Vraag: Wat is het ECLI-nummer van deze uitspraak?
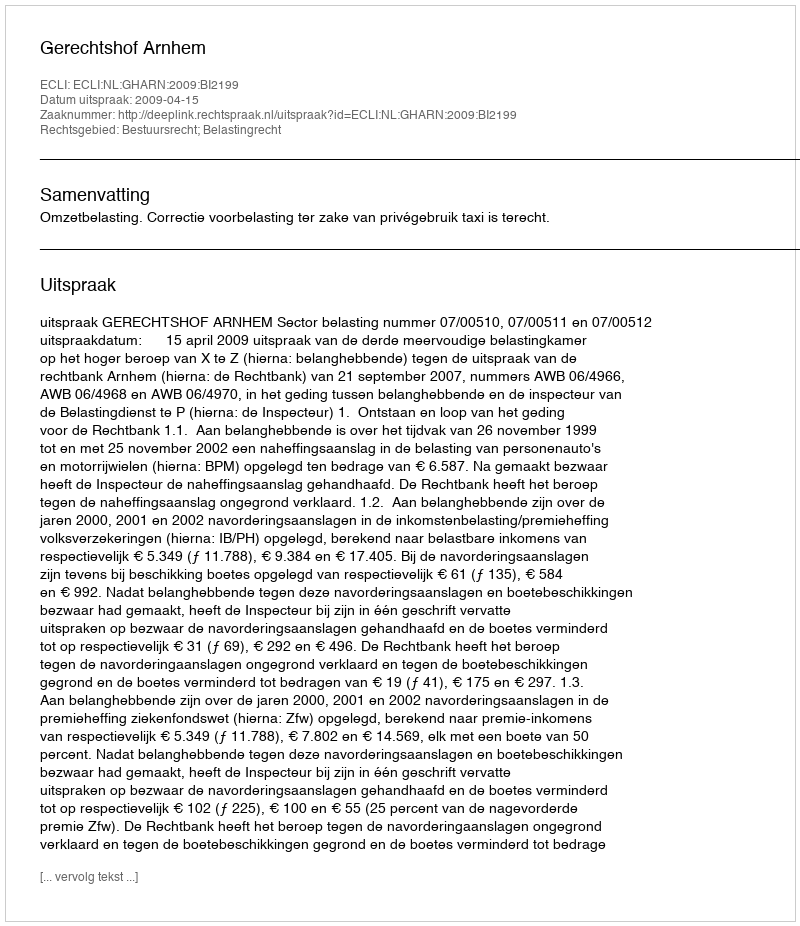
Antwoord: ECLI:NL:GHARN:2009:BI2199